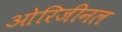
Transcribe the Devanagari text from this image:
ओरिजीनल